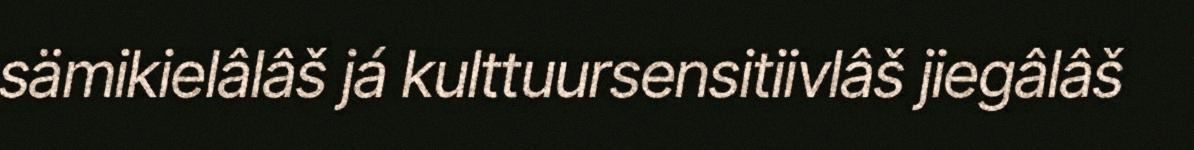
sämikielâlâš já kulttuursensitiivlâš jiegâlâš